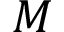
M